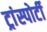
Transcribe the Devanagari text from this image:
ट्रांस्पोर्टी